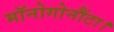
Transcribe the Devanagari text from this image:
मॉनोगोनौंटा।